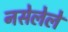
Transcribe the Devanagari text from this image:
नसेलेले